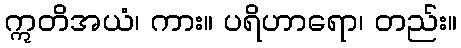
ဣတိအယံ၊ ကား။ ပရိဟာရော၊ တည်း။